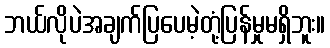
ဘယ်လိုပဲအချက်ပြပေမဲ့တုံ့ပြန်မှုမရှိဘူး။